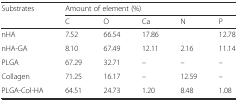
| <ROWSPAN=2> Substrates | <COLSPAN=5> Amount of element (%) |
 | C | O | Ca | N | P |
 | --- | --- | --- | --- | --- | --- |
 | nHA | 7.52 | 66.54 | 17.86 |  | 12.78 |
 | nHA-GA | 8.10 | 67.49 | 12.11 | 2.16 | 11.14 |
 | PLGA | 67.29 | 32.71 | – | – | – |
 | Collagen | 71.25 | 16.17 | – | 12.59 | – |
 | PLGA-Col-HA | 64.51 | 24.73 | 1.20 | 8.48 | 1.08 |